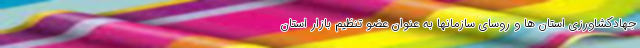
جهادکشاورزی استان ها و روسای سازمانها به عنوان عضو تنظیم بازار استان